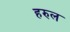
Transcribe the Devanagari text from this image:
हरुल